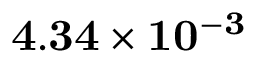
\mathbf { 4 . 3 4 \times 1 0 ^ { - 3 } }